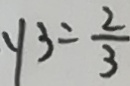
y _ { 3 } = \frac { 2 } { 3 }